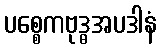
ပစ္စေကဗုဒ္ဓအပဒါနံ